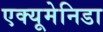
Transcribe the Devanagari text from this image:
एक्यूमेनिडा